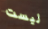
ليست